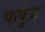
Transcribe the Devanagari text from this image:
फफुंद